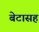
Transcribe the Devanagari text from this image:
बेटासह